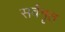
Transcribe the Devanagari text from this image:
सर्वशृत